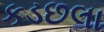
કડછલા